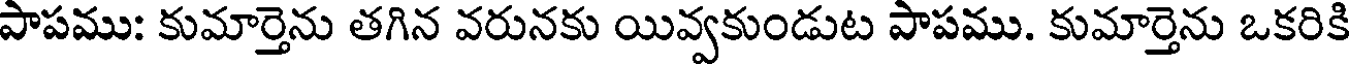
పాపము: కుమార్తెను తగిన వరునకు యివ్వకుండుట పాపము. కుమార్తెను ఒకరికి